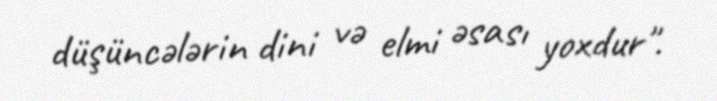
düşüncələrin dini və elmi əsası yoxdur".